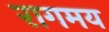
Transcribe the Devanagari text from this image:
रागमय